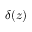
\delta ( z )